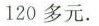
120多元.